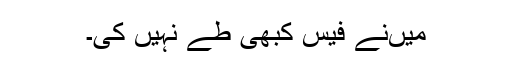
میںنے فیس کبھی طے نہیں کی۔